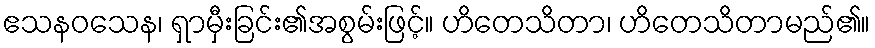
ဧသနဝသေန၊ ရှာမှီးခြင်း၏အစွမ်းဖြင့်။ ဟိတေသိတာ၊ ဟိတေသိတာမည်၏။